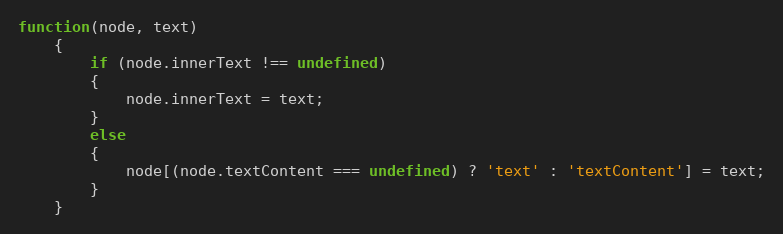
Language: JavaScript
function(node, text)
	{
		if (node.innerText !== undefined)
		{
			node.innerText = text;
		}
		else
		{
			node[(node.textContent === undefined) ? 'text' : 'textContent'] = text;
		}
	}